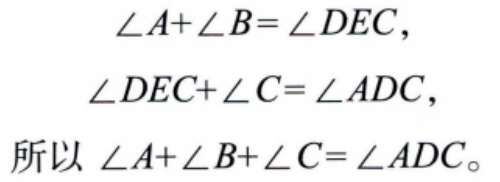
\[\begin{align*}
\angle A+\angle B&=\angle DEC,\\
\angle DEC+\angle C&=\angle ADC,\\
\text{所以 }\angle A+\angle B+\angle C&=\angle ADC。
\end{align*}\]